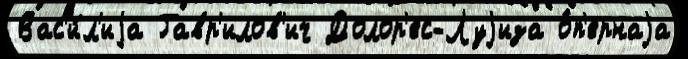
Вас'и́л'иjа Гавр'илов'ич Долор'ес-Луjиза о́п'ернаjа